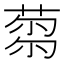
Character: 𦷝